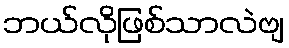
ဘယ်လိုဖြစ်သာလဲဗျ